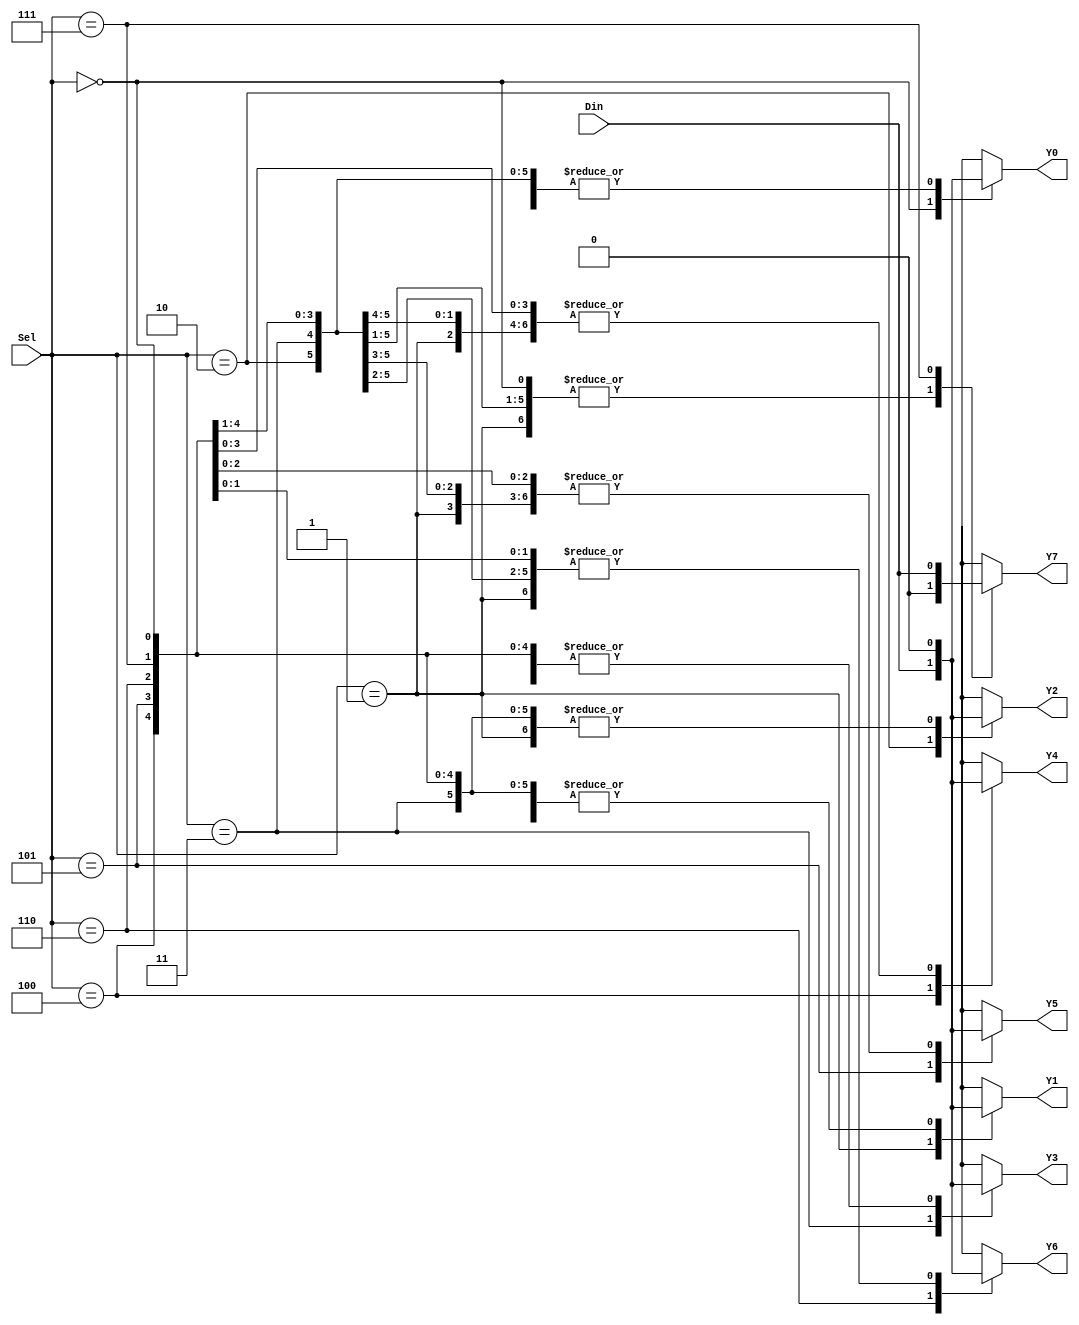
module demux_1to8 (
    input [2:0] Sel,
    input Din,
    output Y0,
    output Y1,
    output Y2,
    output Y3,
    output Y4,
    output Y5,
    output Y6,
    output Y7
);

reg Y0_reg, Y1_reg, Y2_reg, Y3_reg, Y4_reg, Y5_reg, Y6_reg, Y7_reg;

always @ (Sel, Din)
    case (Sel)
        3'b000: begin Y0_reg = Din; Y1_reg = 1'b0; Y2_reg = 1'b0; Y3_reg = 1'b0; Y4_reg = 1'b0; Y5_reg = 1'b0; Y6_reg = 1'b0; Y7_reg = 1'b0; end
        3'b001: begin Y0_reg = 1'b0; Y1_reg = Din; Y2_reg = 1'b0; Y3_reg = 1'b0; Y4_reg = 1'b0; Y5_reg = 1'b0; Y6_reg = 1'b0; Y7_reg = 1'b0; end
        3'b010: begin Y0_reg = 1'b0; Y1_reg = 1'b0; Y2_reg = Din; Y3_reg = 1'b0; Y4_reg = 1'b0; Y5_reg = 1'b0; Y6_reg = 1'b0; Y7_reg = 1'b0; end
        3'b011: begin Y0_reg = 1'b0; Y1_reg = 1'b0; Y2_reg = 1'b0; Y3_reg = Din; Y4_reg = 1'b0; Y5_reg = 1'b0; Y6_reg = 1'b0; Y7_reg = 1'b0; end
        3'b100: begin Y0_reg = 1'b0; Y1_reg = 1'b0; Y2_reg = 1'b0; Y3_reg = 1'b0; Y4_reg = Din; Y5_reg = 1'b0; Y6_reg = 1'b0; Y7_reg = 1'b0; end
        3'b101: begin Y0_reg = 1'b0; Y1_reg = 1'b0; Y2_reg = 1'b0; Y3_reg = 1'b0; Y4_reg = 1'b0; Y5_reg = Din; Y6_reg = 1'b0; Y7_reg = 1'b0; end
        3'b110: begin Y0_reg = 1'b0; Y1_reg = 1'b0; Y2_reg = 1'b0; Y3_reg = 1'b0; Y4_reg = 1'b0; Y5_reg = 1'b0; Y6_reg = Din; Y7_reg = 1'b0; end
        3'b111: begin Y0_reg = 1'b0; Y1_reg = 1'b0; Y2_reg = 1'b0; Y3_reg = 1'b0; Y4_reg = 1'b0; Y5_reg = 1'b0; Y6_reg = 1'b0; Y7_reg = Din; end
        default: begin Y0_reg = 1'b0; Y1_reg = 1'b0; Y2_reg = 1'b0; Y3_reg = 1'b0; Y4_reg = 1'b0; Y5_reg = 1'b0; Y6_reg = 1'b0; Y7_reg = 1'b0; end 
    endcase

assign Y0 = Y0_reg;
assign Y1 = Y1_reg;
assign Y2 = Y2_reg;
assign Y3 = Y3_reg;
assign Y4 = Y4_reg;
assign Y5 = Y5_reg;
assign Y6 = Y6_reg;
assign Y7 = Y7_reg;

endmodule